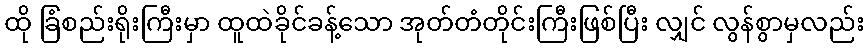
ထို ခြံစည်းရိုးကြီးမှာ ထူထဲခိုင်ခန့်သော အုတ်တံတိုင်းကြီးဖြစ်ပြီး လျှင် လွန်စွာမှလည်း